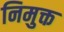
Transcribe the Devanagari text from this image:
निमुक्त